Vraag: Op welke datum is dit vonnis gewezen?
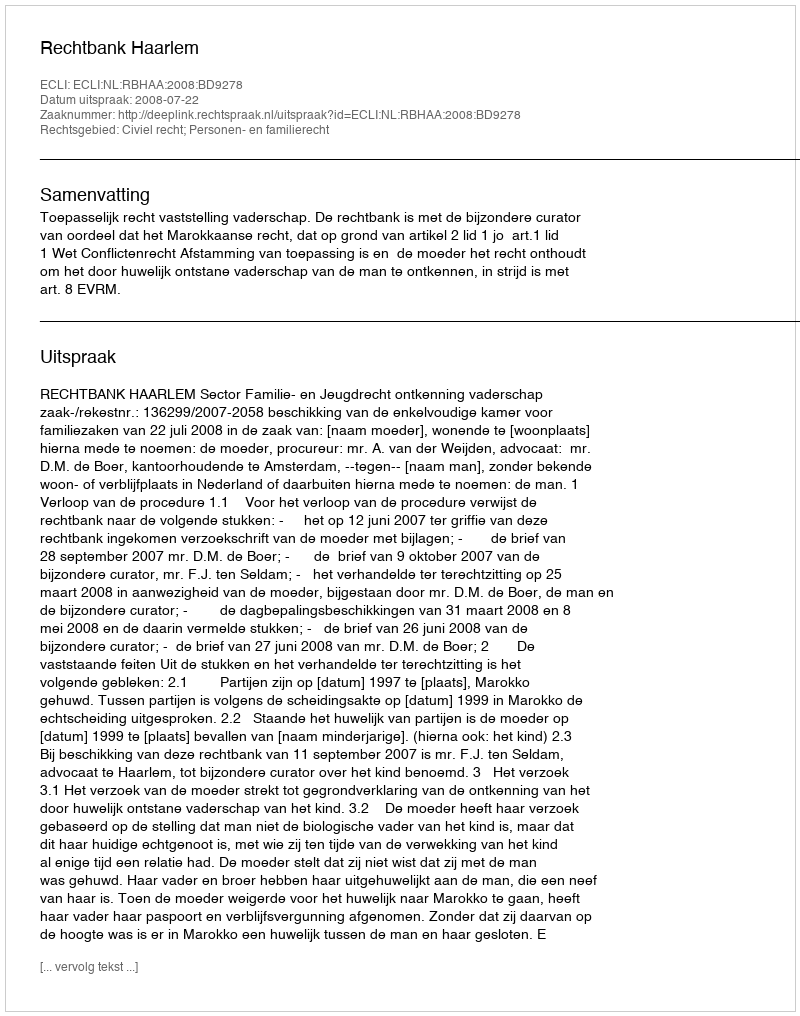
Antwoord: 2008-07-22